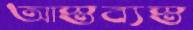
আস্তব্যস্ত